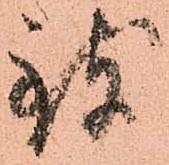
致